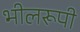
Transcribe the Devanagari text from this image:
भीलरूपी